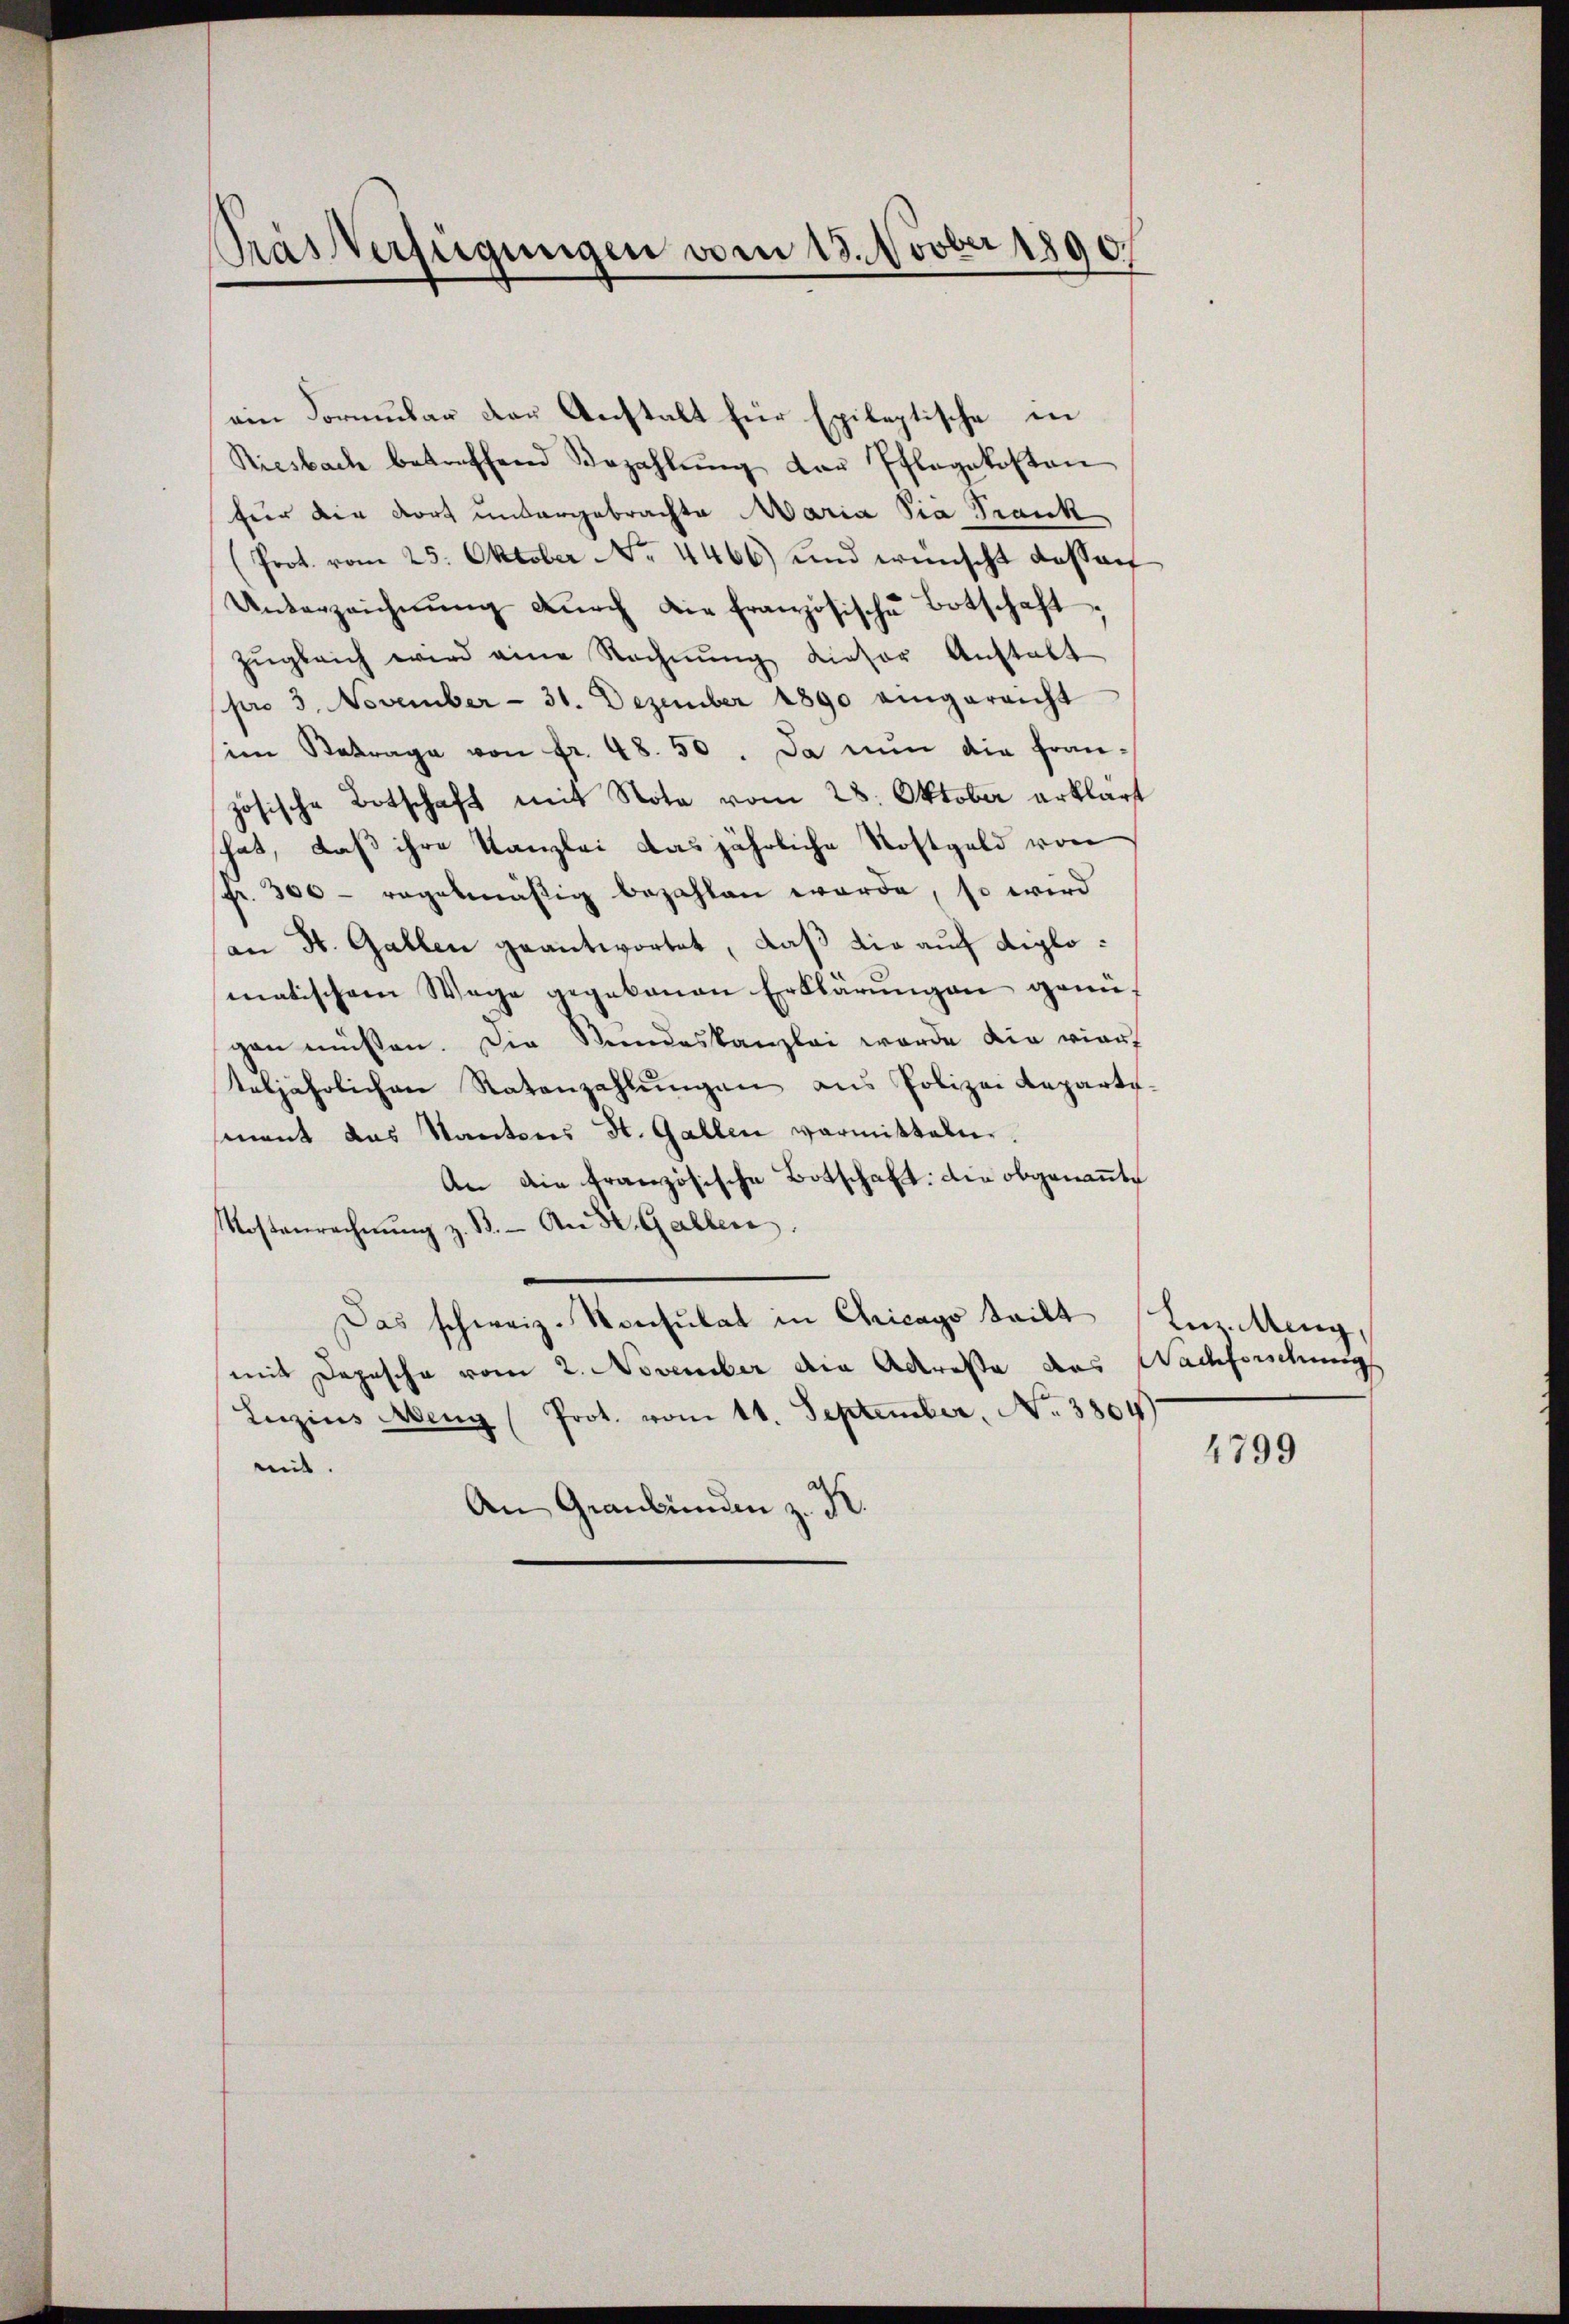
Pas Verfügungen vom 18. Novber 1890.

ein Formular der Anstalt für Epileptische in
Riesbach betreffend Bezahlŭng der Pflegekosten
für die dort untergebrachte Maria Sia Frank
(Prot. vom 25. Oktober No. 4466) und wünscht dass auf
Unterzeichnŭng dŭrch die französische Botschaft
zŭgleich wird eine Rechnŭng dieser Anstalt
pro 3. November - 31. Dezember 1890 eingereicht
sim Betrage von fr. 48. 50. Da nun die fran-
zösische Botschaft mit Nota vom 28. Oktober erklärt
hat, daß ihre Kanzlei das jährliche Rostgeld von
Fr. 300 - regelmäßig bezahlen worde, so wird
an St. Gallen geantwortet, daß die auf diplomatischem Wege gegebenen Erklärungen genügen müssen. Die Stundeskanzlei wurde die vier
teljährlichen Ratanzahlŭngen ans Polizei Reparte-
mnent das Kantons St. Gallen vormitteln.
An die französische Botschaft: Die obgenannte
Mostenrechnŭng z. B. An St. Gallen.
Das schweiz. Konsulat in Chicago teilt Luzitteng,
mit Depesche vom 2. November die Adresse das Nachforschungs
Lerzins Aeng (Prot. vom 11. September, No. 3804)
mit.
An Graubünden z. K.

4799